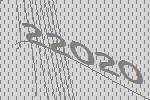
22020